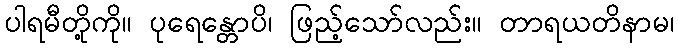
ပါရမီတို့ကို။ ပုရေန္တောပိ၊ ဖြည့်သော်လည်း။ တာရယတိနာမ၊